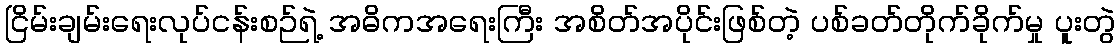
ငြိမ်းချမ်းရေးလုပ်ငန်းစဉ်ရဲ့ အဓိကအရေးကြီး အစိတ်အပိုင်းဖြစ်တဲ့ ပစ်ခတ်တိုက်ခိုက်မှု ပူးတွဲ